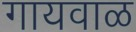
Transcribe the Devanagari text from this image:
गायवाळ